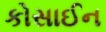
કોસાઈન